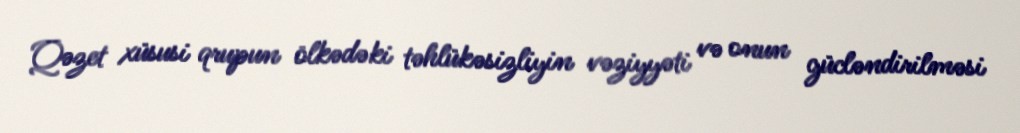
Qəzet xüsusi qrupun ölkədəki təhlükəsizliyin vəziyyəti və onun gücləndirilməsi